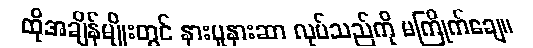
ထိုအချိန်မျိုးတွင် နားပူနားဆာ လုပ်သည်ကို မကြိုက်ချေ။